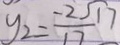
y _ { 2 } = \frac { - 2 \sqrt { 1 7 } } { 1 7 }